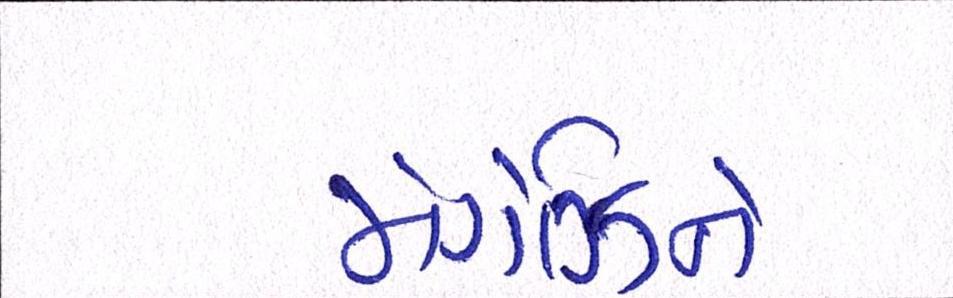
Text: મેગેઝિને